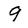
Character: 9